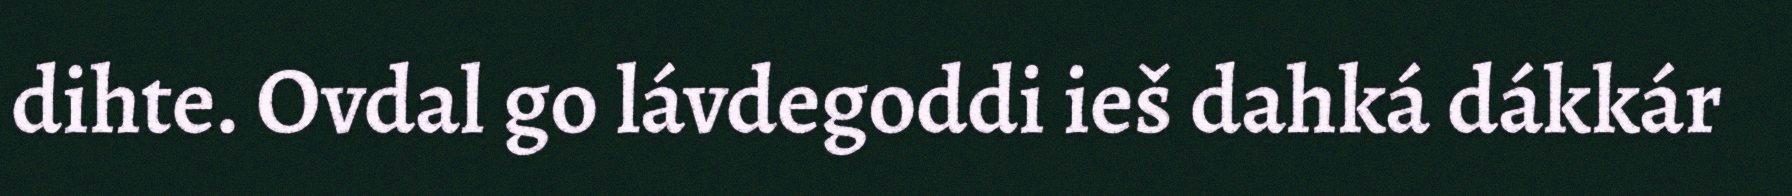
dihte. Ovdal go lávdegoddi ieš dahká dákkár